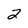
Character: 2